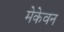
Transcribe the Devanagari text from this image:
मेकेवन